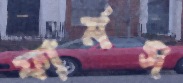
ফার্মস